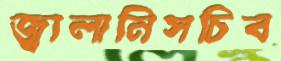
জ্বালানিসচিব